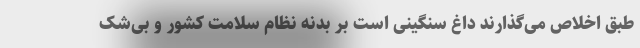
طبق اخلاص می‌گذارند داغ سنگینی است بر بدنه نظام سلامت کشور و بی‌شک